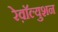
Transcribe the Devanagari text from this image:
रेव़ाॅल्युशन